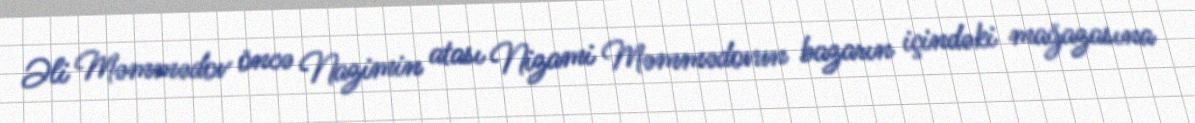
Əli Məmmədov öncə Nazimin atası Nizami Məmmədovun bazarın içindəki mağazasına